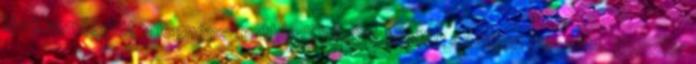
lévô vendéglôt a legnépszerûbbek között tartják számon Pécsett. Maszler